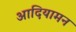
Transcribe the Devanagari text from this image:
आदियामन